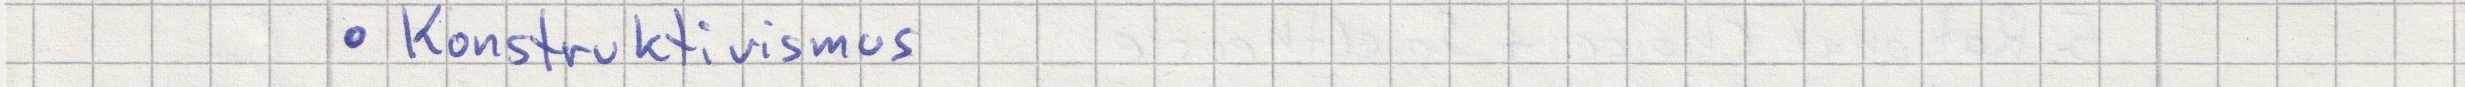
- Konstruktivismus